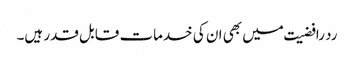
رد رافضیت میں بھی ان کی خدمات قابل قدر ہیں۔